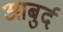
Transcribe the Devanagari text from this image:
आबुर्द